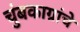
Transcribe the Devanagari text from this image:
चुंबकाग्रांचे